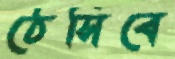
ঠেসিবে